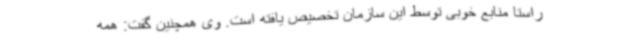
راستا منابع خوبی توسط این سازمان تخصیص یافته است. وی همچنین گفت: همه